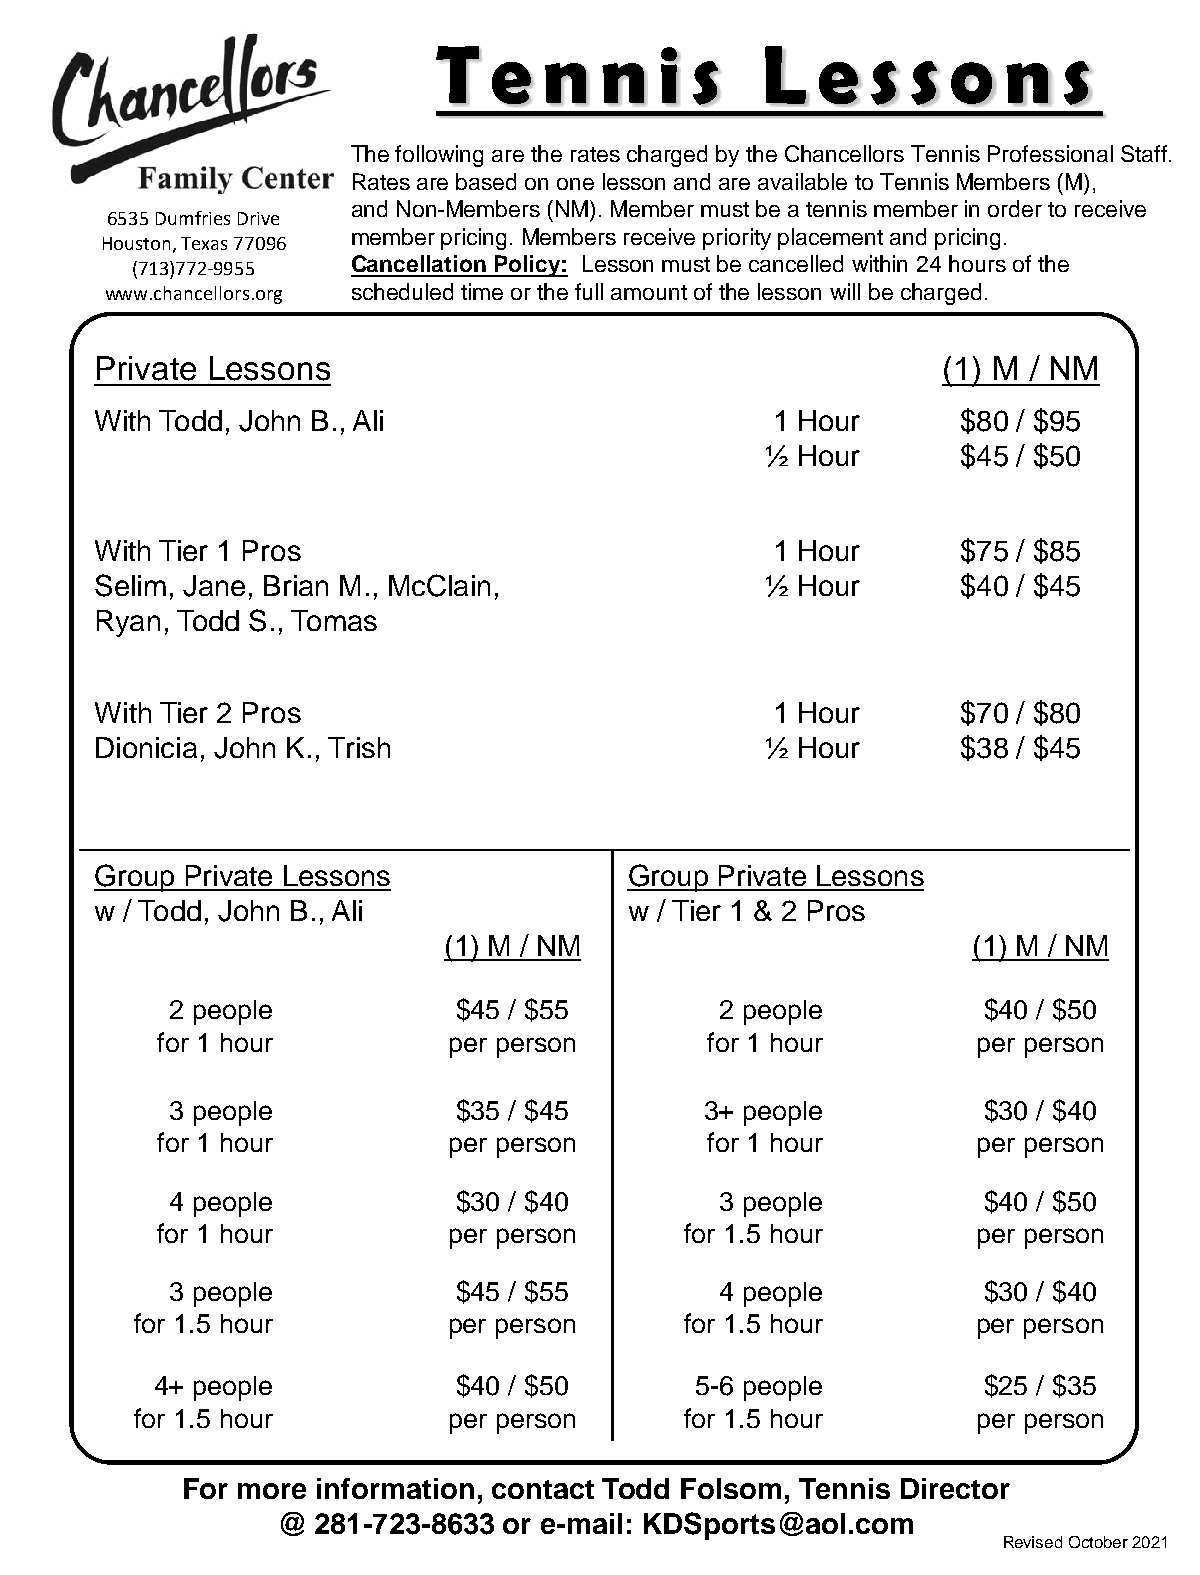
T  e   n   n   i s   L   e   s s  o  n   s
 The following are the rates charged by the Chancellors Tennis Professional Staff.
 Rates are based on one lesson and are available to Tennis Members (M),
 and Non-Members (NM). Member must be a tennis member in order to receive
 6535 Dumfries Drive
 member pricing. Members receive priority placement and pricing.
 Houston, Texas 77096
 (713)772-9955 Cancellation Policy: Lesson must be cancelled within 24 hours of the
 www.chancellors.org scheduled time or the full amount of the lesson will be charged.
 Private Lessons                                         (1) M / NM
 With Todd, John B., Ali                      1 Hour       $80 / $95
 ½ Hour       $45 / $50
 With Tier 1 Pros                             1 Hour       $75 / $85
 Selim, Jane, Brian M., McClain,              ½ Hour       $40 / $45
 Ryan, Todd S., Tomas
 With Tier 2 Pros                             1 Hour       $70 / $80
 Dionicia, John K., Trish                     ½ Hour       $38 / $45
 Group Private Lessons               Group Private Lessons
 w / Todd, John B., Ali              w / Tier 1 & 2 Pros
 (1) M / NM                         (1) M / NM
 2 people           $45 / $55         2 people         $40 / $50
 for 1 hour          per person       for 1 hour        per person
 3 people           $35 / $45        3+ people         $30 / $40
 for 1 hour          per person       for 1 hour        per person
 4 people           $30 / $40         3 people         $40 / $50
 for 1 hour          per person     for 1.5 hour        per person
 3 people           $45 / $55         4 people         $30 / $40
 for 1.5 hour         per person     for 1.5 hour        per person
 4+ people           $40 / $50       5-6 people         $25 / $35
 for 1.5 hour         per person     for 1.5 hour        per person
 For more information, contact Todd Folsom, Tennis Director
 @  281-723-8633 or e-mail: KDSports@aol.com
 Revised October 2021